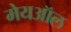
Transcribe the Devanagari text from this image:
मेयऑल